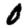
Digit: 0